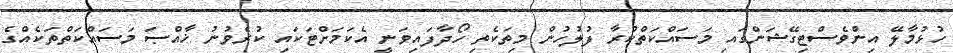
ހުޅުމާލޭ އިންވެސްޓިގޭޝަންގައި މަސައްކަތްކުރާ ފުލުހުން މިތަކެތި ހޯދާފައިވަނީ އެކަމަށްޓަކައި ކުރެވުނު ޚާއްޞަ މަސައްކަތްތަކެއްގެ